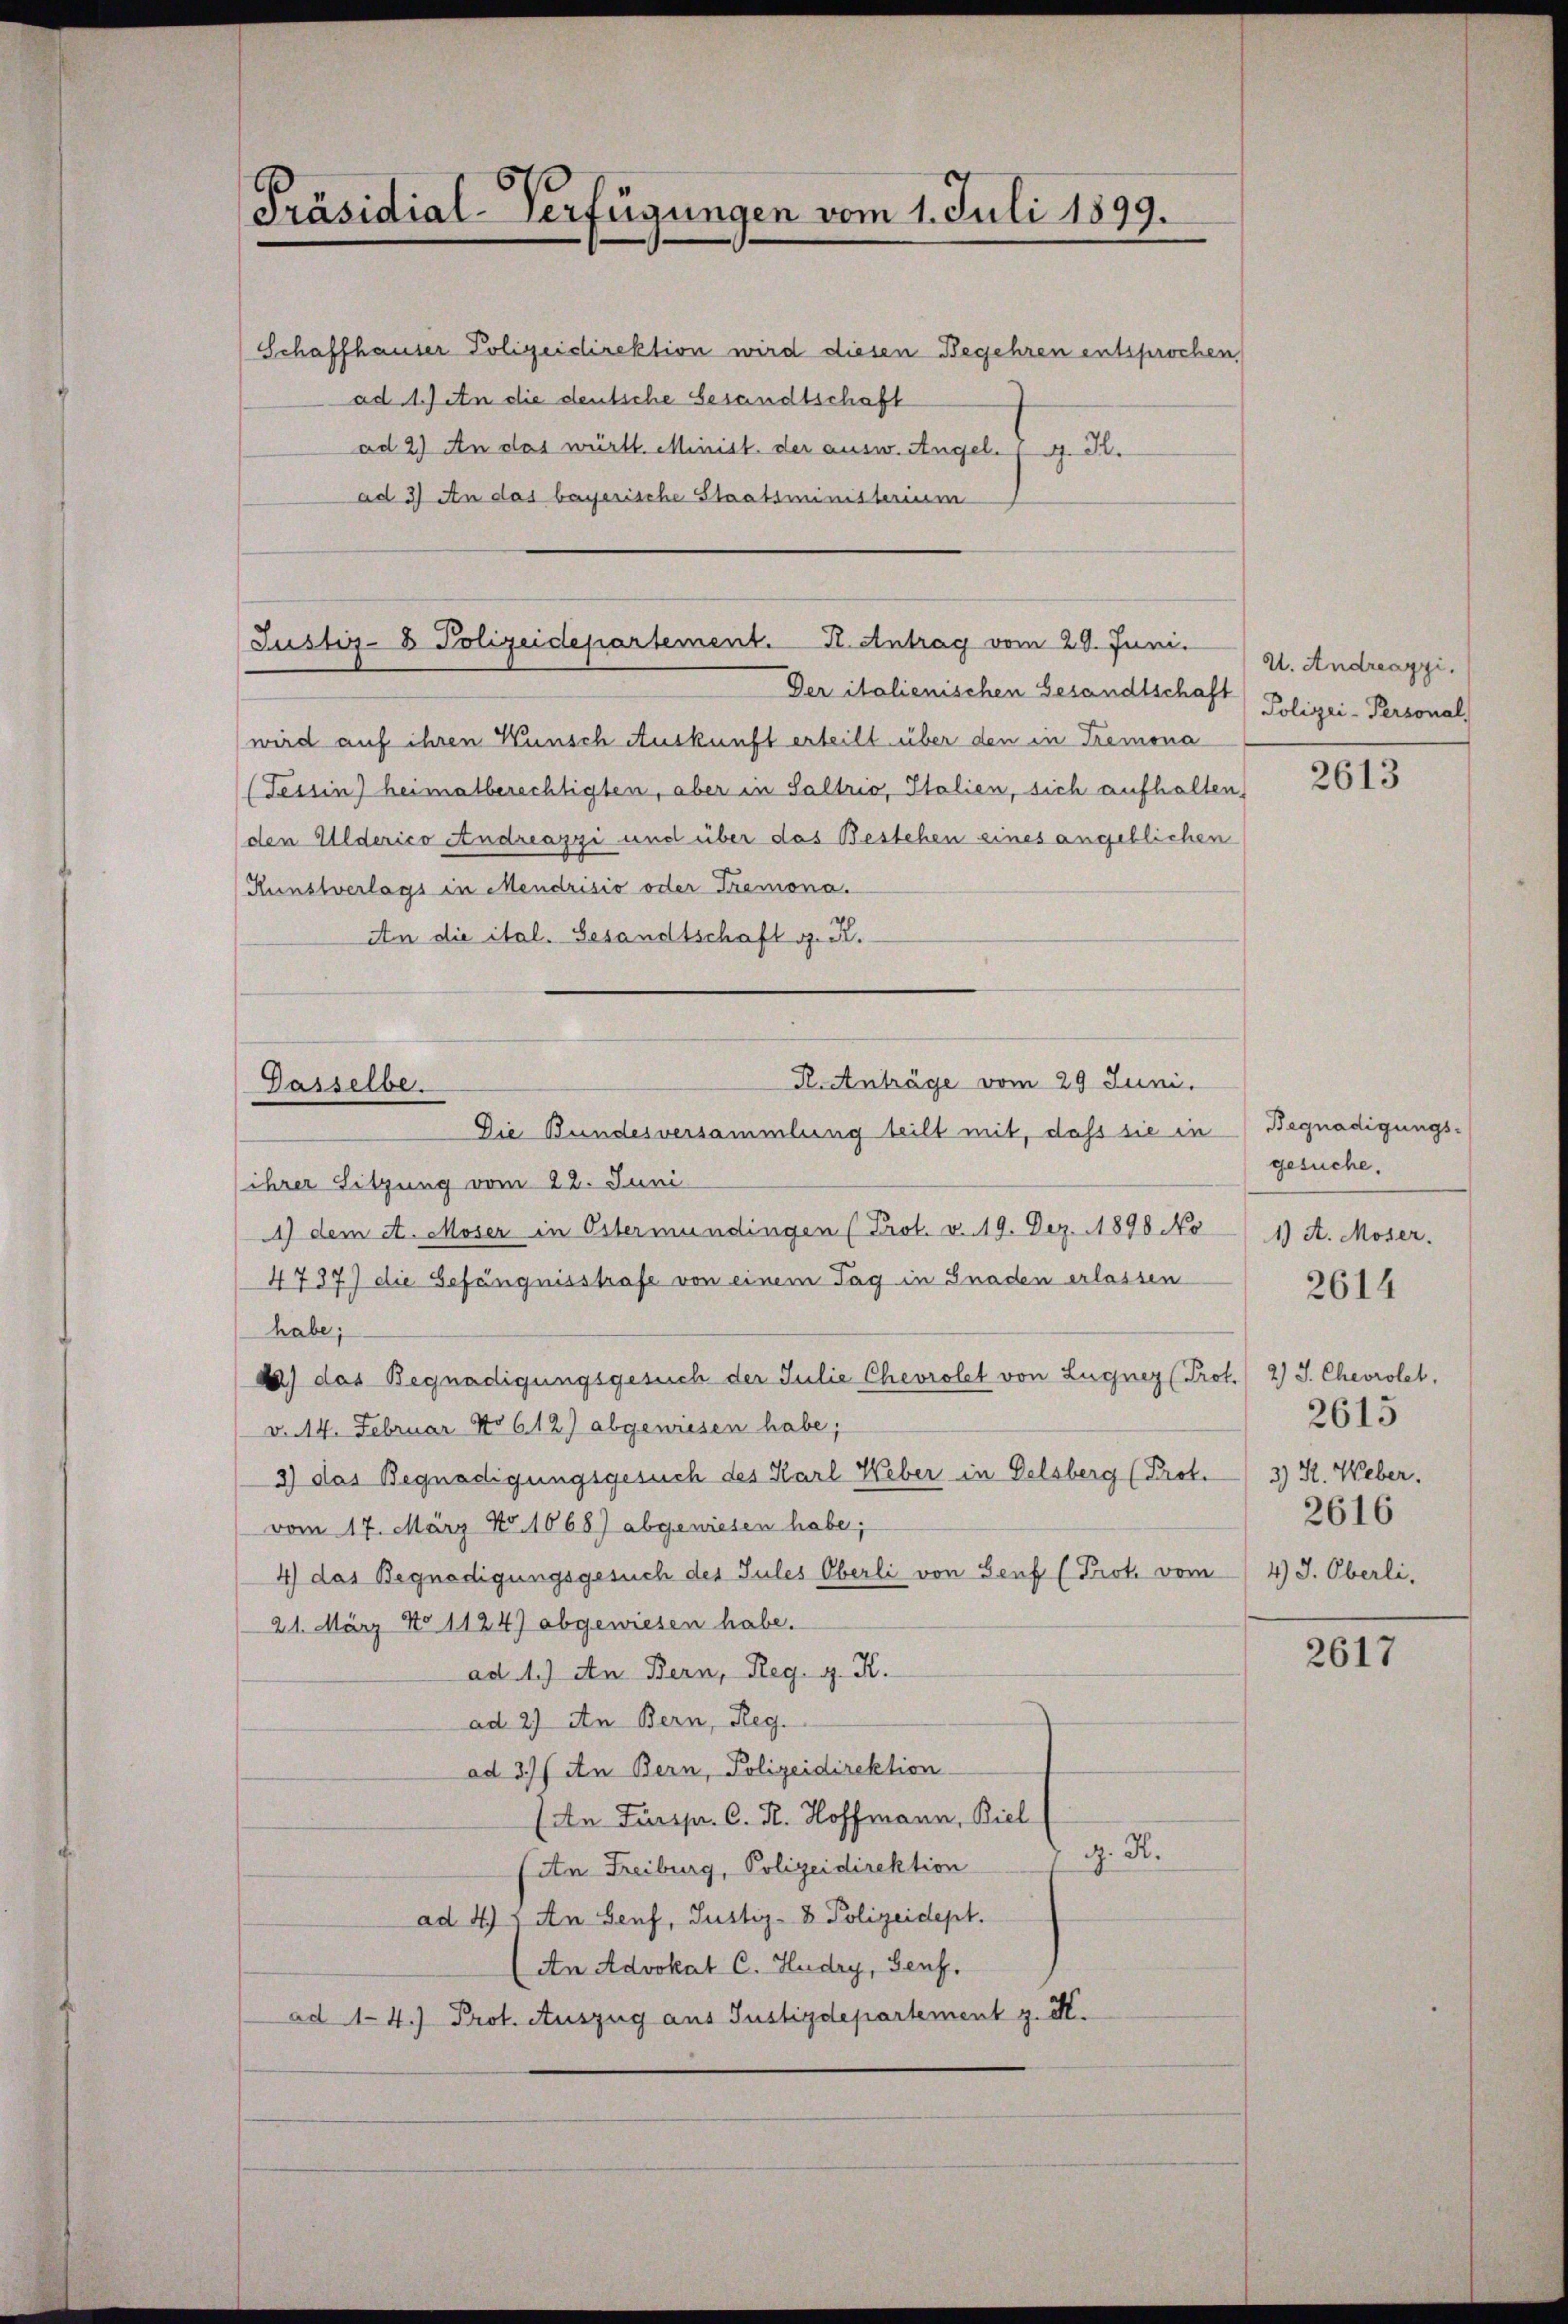
Präsidial-Verfügungen vom 1. Juli 1899.

Justiz- & Polizeidepartement. K. Antrag vom 20. Juni.

K.Anträge vom 29 Juni.
Gasselbe.

Schaffhauser Polizeidirektion wird diesen Begehren entsprochen,
ad 1. Jan die deutsche Gesandtschaft
ad 2) An das württ. Minist der ausw. Angel. G. K.
ad 3) An das bayerische Staatsministerium

Der italienischen Gesandtschaft
wird auf ihren Wunsch Auskunft erteilt über den in Tremona
(Tessin heimatberechtigten, aber in Saltrio, Italien, sich aufhalte
den Alderico Andreazzi und über das Bestehen eines angeblichen
Kunstverlags in Mendrisio oder Tremona.
An die ital. Gesandtschaft g. R.
Die Bundesversammlung teilt mit, dass sie in
ihrer Sitzung vom 22. Juni
1) dem et. Moser in Estermündingen (Prot. v. 19. Dez. 1898 No
4737) die Gefängnisstrafe von einem Tag in Gnaden erlassen
habe;
) das Begnadigungsgesuch der Julie Chevrolet von Lugner (Prot.
v. 14. Februar No 612) abgewiesen habe;
3) das Begnadigungsgesuch des Karl Weber in Delsberg (Prot.
vom 17. März No. 1068) abgewiesen habe;
4) das Begnadigungsgesuch des Jules Oberli von Genf (Prot. vom
21. März No 1124) abgewiesen habe.
ad 1.) An Bern, Reg. g. K.
ad 2) An Bern, Reg.
ad 37/ An Bern, Polizeidirektion
(An Fürspr. C. R. Hoffmann, Biel
J. H.
An Freiburg, Polizeidirektion
ad 4) An Genf, Justiz- & Polizeidept.
An Advokat C. Hudry, Genf.
ad 1-4.) Prot. Auszug aus Justizdepartement z. M.

U. Andreazzi.
Polizei-Personal,

2613

Begnadigungs-
gesuche.
1) A. Moser.
2.) J. Chevrolet.
2615
3.) H. Weber,
2616
4) J. Oberli,

2614

2617